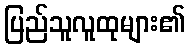
ပြည်သူလူထုများ၏